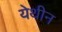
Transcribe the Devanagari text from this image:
येथीन